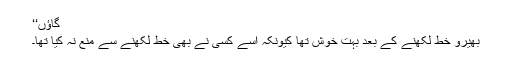
گاؤں‘‘
بھیرو خط لکھنے کے بعد بہت خوش تھا کیونکہ اسے کسی نے بھی خط لکھنے سے منع نہ کیا تھا۔